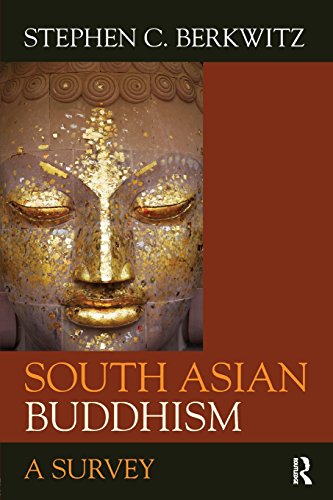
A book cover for South Asian Buddhism: A Survey; Stephen C. Berkwitz; Religion & Spirituality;